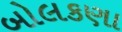
બોલકણા